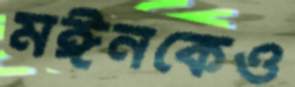
মঈনকেও